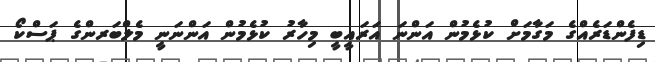
ޑިފެންޑަރެއްގެ މަގާމަށް ކުޅެމުން އަންނަ އަރައީބީ މިހާރު ކުޅެމުން އަންނަނީ މެލްބަރންގެ ޕަސްކޯ